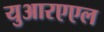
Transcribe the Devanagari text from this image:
युआरएएल